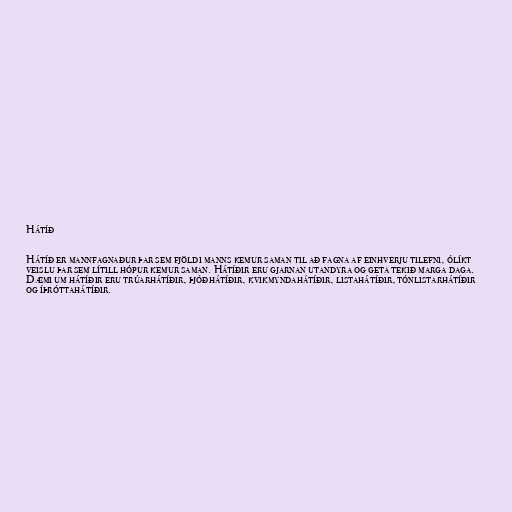
Hátíð

Hátíð er mannfagnaður þar sem fjöldi manns kemur saman til að fagna af einhverju tilefni, ólíkt
veislu þar sem lítill hópur kemur saman. Hátíðir eru gjarnan utandyra og geta tekið marga daga.
Dæmi um hátíðir eru trúarhátíðir, þjóðhátíðir, kvikmyndahátíðir, listahátíðir, tónlistarhátíðir
og íþróttahátíðir.